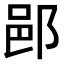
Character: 𨛗